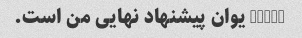
38000 یوان پیشنهاد نهایی من است.